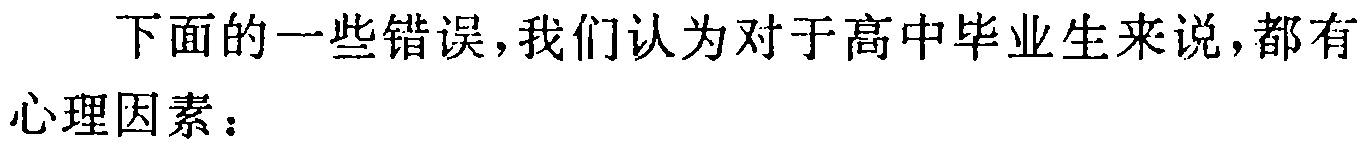
下面的一些错误,我们认为对于高中毕业生来说,都有心理因素：